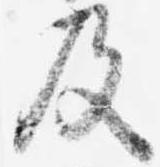
及